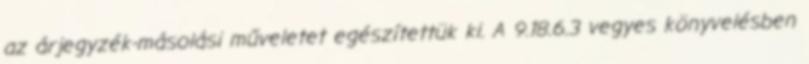
az árjegyzék-másolási műveletet egészítettük ki. A 9.18.6.3 vegyes könyvelésben